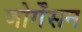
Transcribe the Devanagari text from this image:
जोर्गेंसन